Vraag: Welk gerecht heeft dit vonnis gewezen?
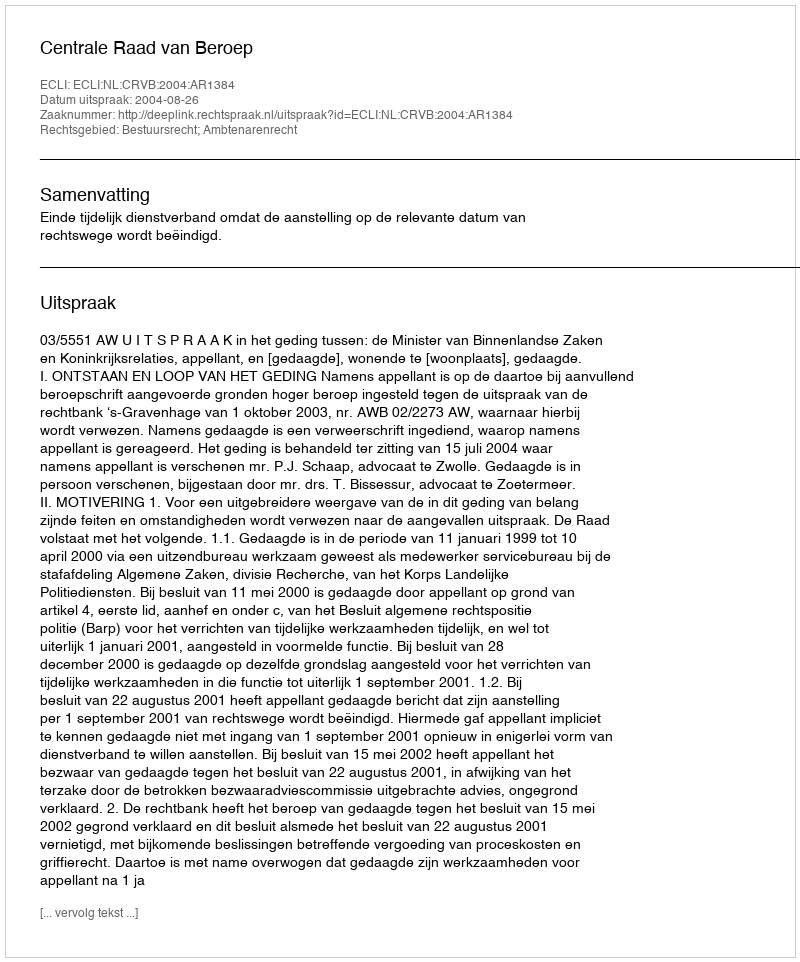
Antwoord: Centrale Raad van Beroep